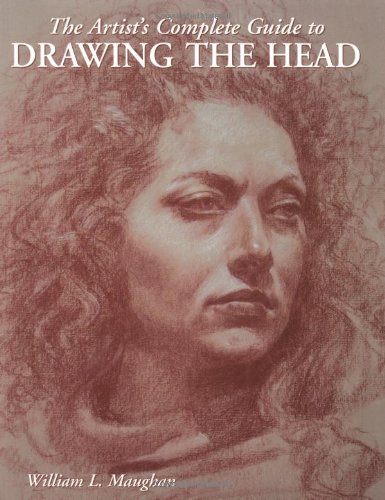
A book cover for The Artist's Complete Guide to Drawing the Head; William Maughan; Arts & Photography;